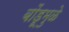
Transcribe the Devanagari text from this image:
बोंडूमुळे